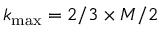
k _ { \mathrm { m a x } } = 2 / 3 \times M / 2